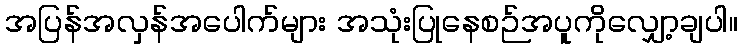
အပြန်အလှန်အပေါက်များ အသုံးပြုနေစဉ်အပူကိုလျှော့ချပါ။